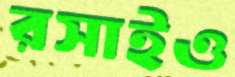
রসাইও